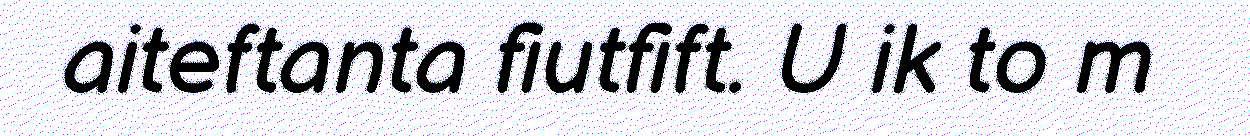
aiteftanta fiutfift. U ik to m